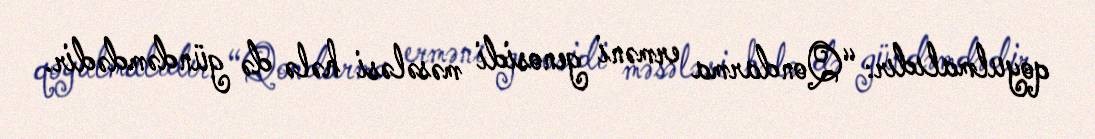
qoyulmalıdır: “Qondarma erməni genosidi məsələsi hələ də gündəmdədir.